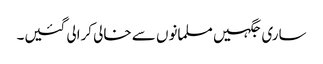
ساری جگہیں مسلمانوں سے خالی کرالی گئیں۔